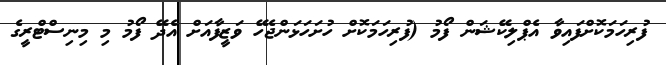
ފުރިހަމަކޮށްފައިވާ އެޕްލިކޭޝަން ފޯމު (ފުރިހަމަކޮށް ހުށަހަޅަންޖެހޭ ވަޒީފާއަށް އެދޭ ފޯމު މި މިނިސްޓްރީގެ